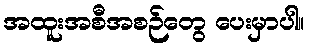
အထူးအစီအစဉ်တွေ ပေးမှာပါ။